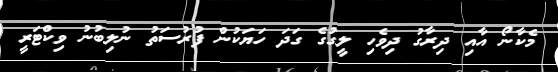
މެކާނޯ އާއި ދިރާގު ދިވެހި ލީގުގެ ގަދަ ހަޔަކުން ފުރުސަތު ނުލިބުނު ވިކްޓަރީ